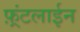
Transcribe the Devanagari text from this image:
फ़्रंटलाईन